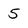
Character: 5